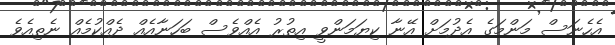
އެހެނަސް މަންމަގެ އެދުމަށް އޭނާ ކިޔަމަންވީ އިތުރު އެއްވެސް ބަހަނާއެއް ދެއްކުމެއް ނެތިއެވެ